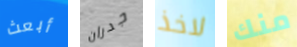
أبعث جدران لاخذ منك